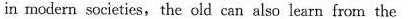
in modern societies,the old can also learn from the